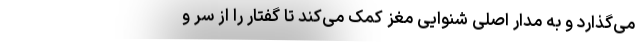
می‌گذارد و به مدار اصلی شنوایی مغز کمک می‌کند تا گفتار را از سر و